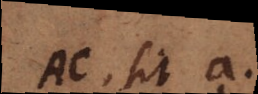
AC. sit a.